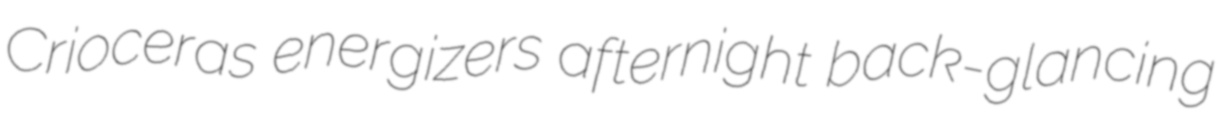
Crioceras energizers afternight back-glancing